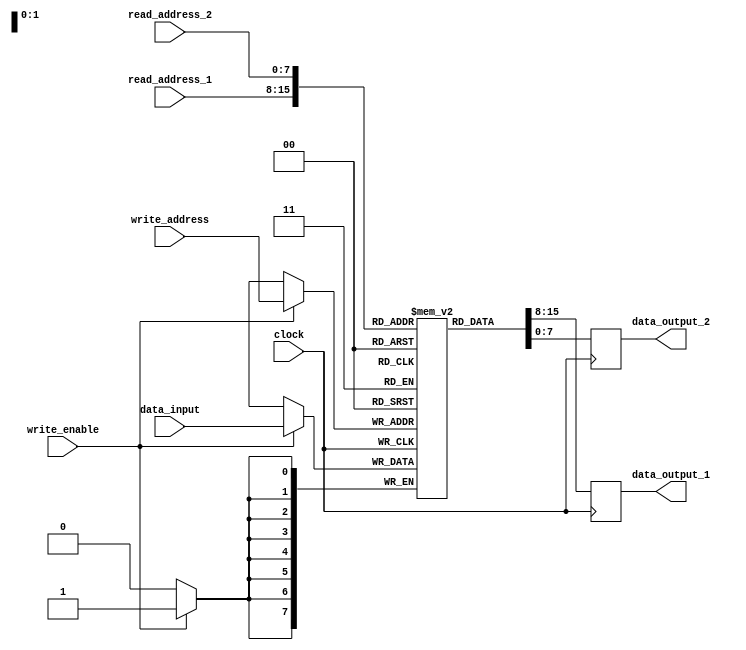
module dual_port_register_file (
    input wire [7:0] read_address_1,
    input wire [7:0] read_address_2,
    input wire [7:0] write_address,
    input wire [7:0] data_input,
    input wire write_enable,
    input wire clock,
    output reg [7:0] data_output_1,
    output reg [7:0] data_output_2
);

reg [7:0] registers [0:255]; // 256 registers in the register file

always @(posedge clock) begin
    if(write_enable) begin
        registers[write_address] <= data_input;
    end
    data_output_1 <= registers[read_address_1];
    data_output_2 <= registers[read_address_2];
end

endmodule